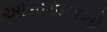
આજકાલનો